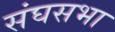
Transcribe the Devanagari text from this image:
संघसभा